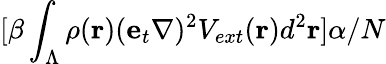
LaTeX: [\beta\int_{\Lambda}\rho({\mathbf r})({\mathbf e}_{t}\nabla)^{2}V_{ext}({\mathbf r})d^{2}{\mathbf r}]\alpha/N